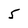
Character: 5